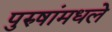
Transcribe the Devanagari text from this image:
पुरुषांमधले